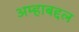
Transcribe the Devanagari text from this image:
अम्हाबद्दल